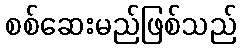
စစ်ဆေးမည်ဖြစ်သည်